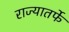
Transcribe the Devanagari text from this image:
राज्यातर्फे